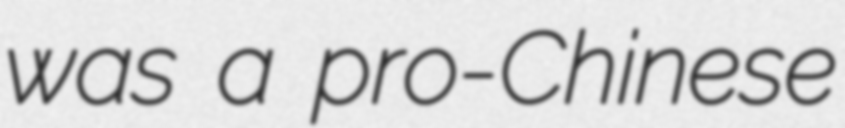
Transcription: was a pro-Chinese